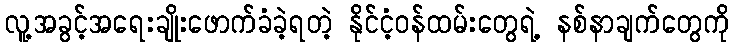
လူ့အခွင့်အရေးချိုးဖောက်ခံခဲ့ရတဲ့ နိုင်ငံ့ဝန်ထမ်းတွေရဲ့ နစ်နာချက်တွေကို